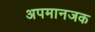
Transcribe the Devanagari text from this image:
अपमानजक